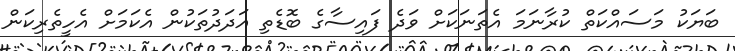
ބަޔަކު މަސައްކަތް ކުރާނަމަ އެތަނަކަށް ވަދެ ފައިސާގެ ބޮޑެތި އަދަދުތަކުން އެކަމަށް އެހީތެރިކަން